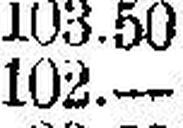
102.—